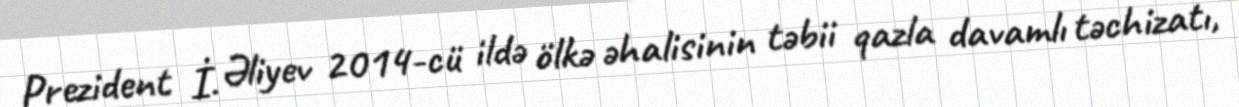
Prezident İ. Əliyev 2014-cü ildə ölkə əhalisinin təbii qazla davamlı təchizatı,